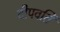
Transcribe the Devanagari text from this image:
दीपवर्ति